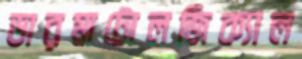
ডারমাটোলজিক্যাল